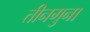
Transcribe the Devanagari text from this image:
तीनगुना